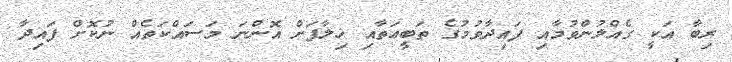
ރިބާ އަކީ ގެއްލުންވުމާއި ފައިދާވުމުގެ ތަބީޢަތާއި ޚިލާފަށް އޮންނަ މަސައްކަތެއް ނުކޮށް ފައިދާ